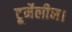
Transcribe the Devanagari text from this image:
टूर्मेलीन।